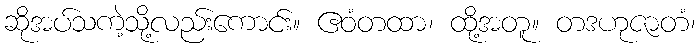
ဆိုအပ်သကဲ့သို့လည်းကောင်း။ ဧဝံတထာ၊ ထို့အတူ။ တဒဟုဇာတံ၊